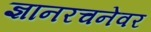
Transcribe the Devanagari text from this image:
ज्ञानरचनेवर